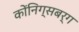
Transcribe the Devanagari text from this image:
कोंनिग्सबर्ग